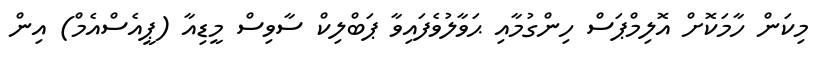
މިކަން ހާމަކޮށް އޮލިމްޕަސް ހިންގުމާއި ޙަވާލުވެފައިވާ ޕަބްލިކް ސާވިސް މީޑިއާ (ޕީއެސްއެމް) އިން